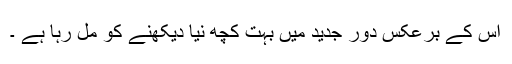
اس کے برعکس دور جدید میں بہت کچھ نیا دیکھنے کو مل رہا ہے ۔